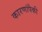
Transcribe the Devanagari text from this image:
कारणांपैकी